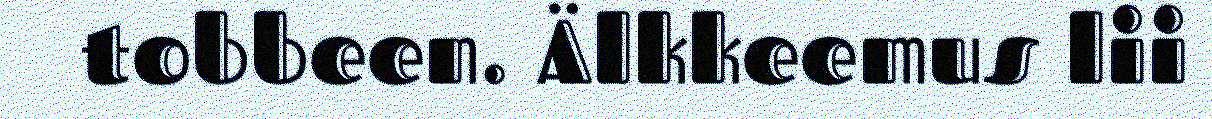
tobbeen. Älkkeemus lii